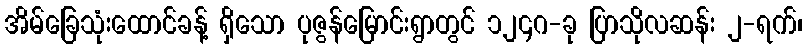
အိမ်ခြေသုံးထောင်ခန့် ရှိသော ပုဇွန်မြောင်းရွာတွင် ၁၂၄ဂ-ခု ပြာသိုလဆန်း ၂-ရက်၊